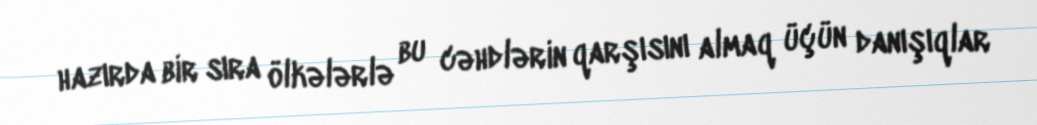
hazırda bir sıra ölkələrlə bu cəhdlərin qarşısını almaq üçün danışıqlar